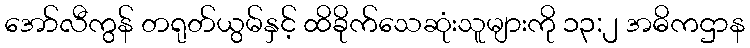
အော်လီကွန် တရုတ်ယွမ်နှင့် ထိခိုက်သေဆုံးသူများကို ၁၃:၂ အဓိကဌာန